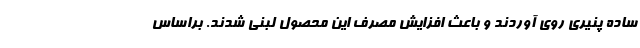
ساده پنیری روی آوردند و باعث افزایش مصرف این محصول لبنی شدند. براساس